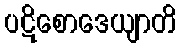
ပဋိစောဒေယျာတိ